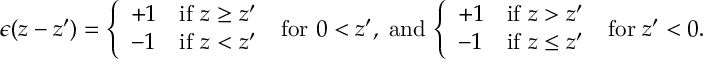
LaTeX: \epsilon ( z - z ^ { \prime } ) = \left\{ \begin{array} { l l } { { + 1 } } & { { \mathrm { i f } \ z \ge z ^ { \prime } } } \\ { { - 1 } } & { { \mathrm { i f } \ z < z ^ { \prime } } } \end{array} \right. \; \mathrm { f o r } \ 0 < z ^ { \prime } , \; \mathrm { a n d } \, \left\{ \begin{array} { l l } { { + 1 } } & { { \mathrm { i f } \ z > z ^ { \prime } } } \\ { { - 1 } } & { { \mathrm { i f } \ z \leq z ^ { \prime } } } \end{array} \right. \; \mathrm { f o r } \; z ^ { \prime } < 0 .